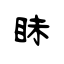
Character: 眛